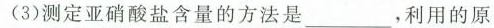
(3)测定亚硝酸盐含量的方法是___，利用的原